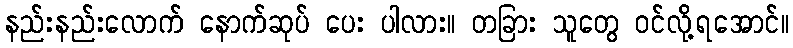
နည်းနည်းလောက် နောက်ဆုပ် ပေး ပါလား။ တခြား သူတွေ ဝင်လို့ရအောင်။